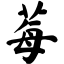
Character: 莓